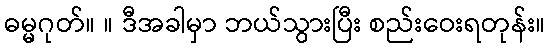
ဓမ္မဂုတ်။ ။ ဒီအခါမှာ ဘယ်သွားပြီး စည်းဝေးရတုန်း။